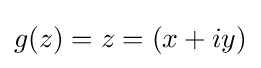
g(z)=z=(x+iy)